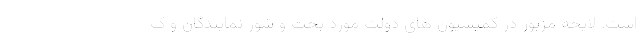
است. لایحه مزبور در کمیسیون های دولت مورد بحث و شور نمایندگان و ک